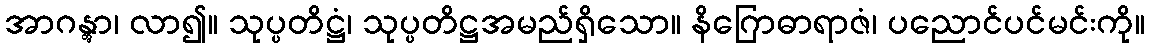
အာဂန္တွာ၊ လာ၍။ သုပ္ပတိဋ္ဌံ၊ သုပ္ပတိဋ္ဌအမည်ရှိသော။ နိဂြောဓာရာဇံ၊ ပညောင်ပင်မင်းကို။